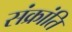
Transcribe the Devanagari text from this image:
संक्रांति